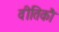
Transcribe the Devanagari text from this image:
वीतिकौ